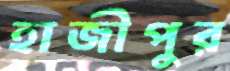
হাজীপুর